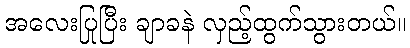
အလေးပြုပြီး ချာခနဲ လှည့်ထွက်သွားတယ်။